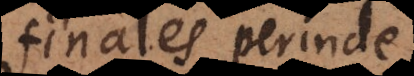
finales, perinde